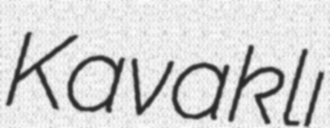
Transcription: Kavaklı